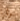
وأنا